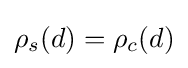
\rho _{s}(d)=\rho _{c}(d)